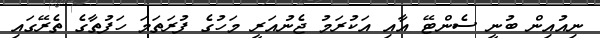
ނިއުއިން ބުނީ ސެންޓޭ އާއި އަކުރަމު ޖެނުއަރީ މަހުގެ ފުރަތަމަ ހަފުތާގެ ތެރޭގައި